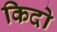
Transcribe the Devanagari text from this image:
किदो